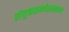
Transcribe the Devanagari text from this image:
संयुक्तसमवेतसमवाय